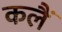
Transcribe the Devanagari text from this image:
कलैं